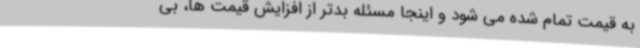
به قیمت تمام شده می شود و اینجا مسئله بدتر از افزایش قیمت ها، بی